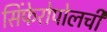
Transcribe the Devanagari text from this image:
सिंफेरोपोलची